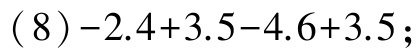
$(8)-2.4 + 3.5 - 4.6 + 3.5$